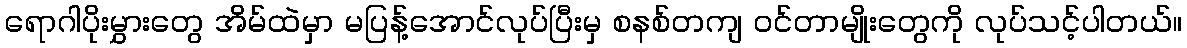
ရောဂါပိုးမွှားတွေ အိမ်ထဲမှာ မပြန့်အောင်လုပ်ပြီးမှ စနစ်တကျ ဝင်တာမျိုးတွေကို လုပ်သင့်ပါတယ်။